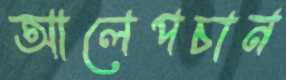
আলেপচান